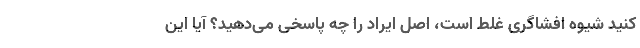
کنید شیوه افشاگری غلط است، اصل ایراد را چه پاسخی می‌دهید؟ آیا این